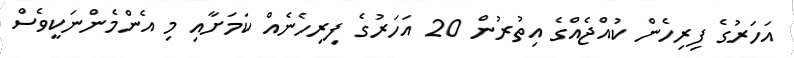
އަހަރުގެ ފިރިހެން ކުއްޖެއްގެ އިތުރުން 20 އަހަރުގެ ފިރިހެނެއް ކަމަށާއި މި އެންމެންނަކީވެސް